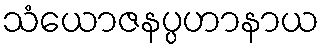
သံယောဇနပ္ပဟာနာယ